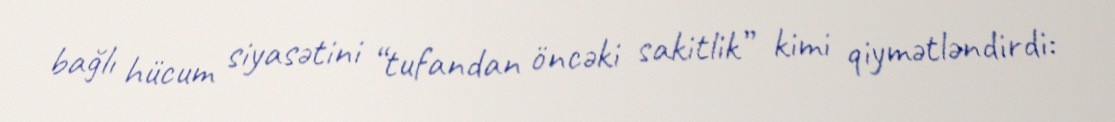
bağlı hücum siyasətini “tufandan öncəki sakitlik” kimi qiymətləndirdi: